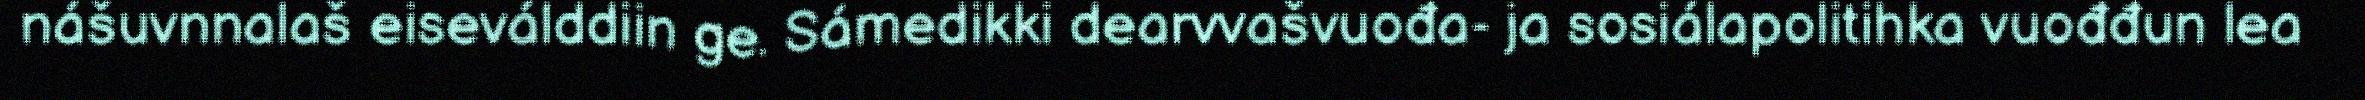
nášuvnnalaš eiseválddiin ge. Sámedikki dearvvašvuođa- ja sosiálapolitihka vuođđun lea